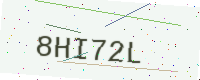
Text: 8HI72L